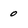
Character: 0